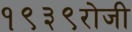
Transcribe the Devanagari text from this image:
१९३९रोजी